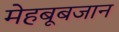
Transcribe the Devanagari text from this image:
मेहबूबजान